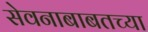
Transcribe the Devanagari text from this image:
सेवनाबाबतच्या